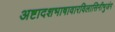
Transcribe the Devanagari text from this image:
अष्टादशभाषावारविलासिनीभुजंग